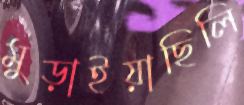
মুড়াইয়াছিলি